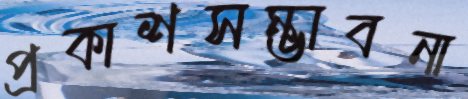
প্রকাশসম্ভাবনা